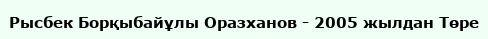
Рысбек Борқыбайұлы Оразханов - 2005 жылдан Төре